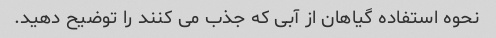
نحوه استفاده گیاهان از آبی که جذب می کنند را توضیح دهید.